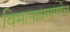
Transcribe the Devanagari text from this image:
विमानाप्रमाणेच